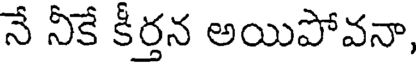
నే నీకే కీర్తన అయిపోవనా,